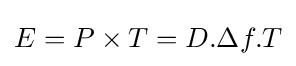
E=P\times T=D.\Delta f.T